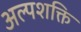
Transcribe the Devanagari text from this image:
अल्पशक्ति